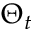
\Theta _ { t }